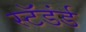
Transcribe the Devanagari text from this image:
स्टॅडंर्ड